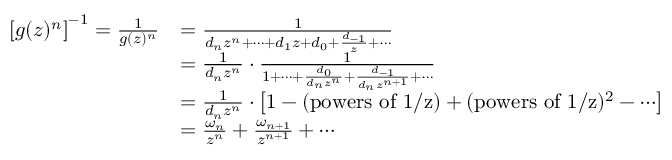
\begin{array} { r l } { \left[ g ( z ) ^ { n } \right] ^ { - 1 } = \frac { 1 } { g ( z ) ^ { n } } } & { = \frac { 1 } { d _ { n } z ^ { n } + \cdots + d _ { 1 } z + d _ { 0 } + \frac { d _ { - 1 } } { z } + \cdots } } \\ & { = \frac { 1 } { d _ { n } z ^ { n } } \cdot \frac { 1 } { 1 + \cdots + \frac { d _ { 0 } } { d _ { n } z ^ { n } } + \frac { d _ { - 1 } } { d _ { n } z ^ { n + 1 } } + \cdots } } \\ & { = \frac { 1 } { d _ { n } z ^ { n } } \cdot \left[ 1 - ( \mathrm { p o w e r s ~ o f ~ 1 / z } ) + ( \mathrm { p o w e r s ~ o f ~ 1 / z } ) ^ { 2 } - \cdots \right] } \\ & { = \frac { \omega _ { n } } { z ^ { n } } + \frac { \omega _ { n + 1 } } { z ^ { n + 1 } } + \cdots } \end{array}